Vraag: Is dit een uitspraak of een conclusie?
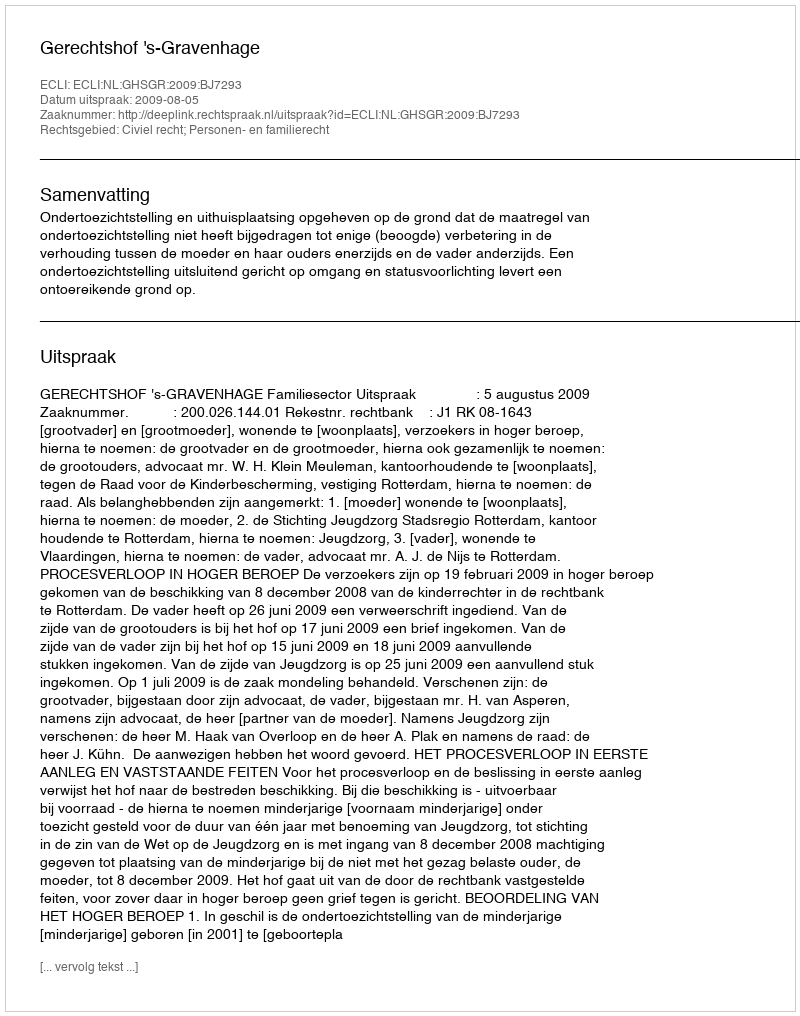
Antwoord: Uitspraak